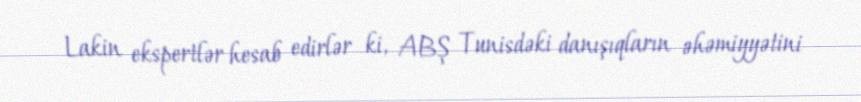
Lakin ekspertlər hesab edirlər ki, ABŞ Tunisdəki danışıqların əhəmiyyətini